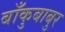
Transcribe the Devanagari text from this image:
बाँकुबाबुर